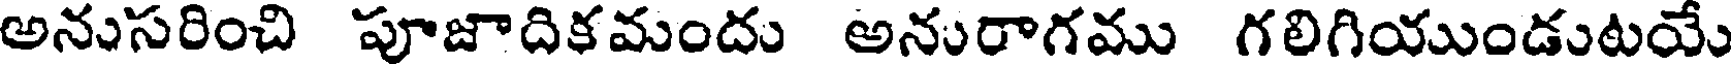
అనుసరించి పూజాదికమందు అనురాగము గలిగియుండుటయే